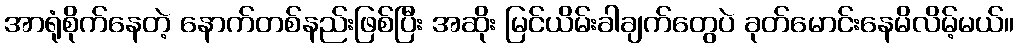
အာရုံစိုက်နေတဲ့ နောက်တစ်နည်းဖြစ်ပြီး အဆိုး မြင်ယိမ်းခါချက်တွေပဲ ခုတ်မောင်းနေမိလိမ့်မယ်။